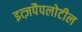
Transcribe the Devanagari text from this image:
इत्ज़पैपलोटील